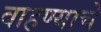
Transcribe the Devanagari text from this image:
वाहण्याचे